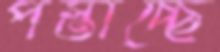
পস্তাচ্ছে